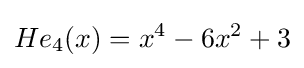
He_{4}(x)=x^{4}-6x^{2}+3